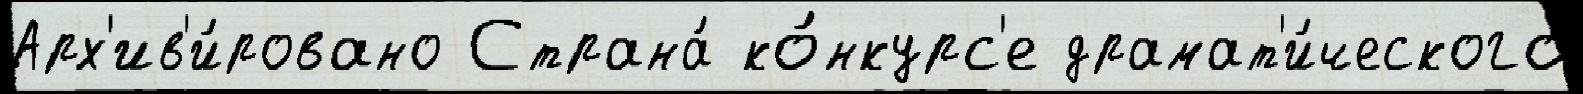
Арх'ив'и́ровано Страна́ ко́нкурс'е драмат'и́ческого